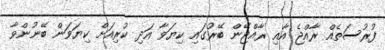
ފުރުސަތެއް ރާއްޖެ އާއި ރާއްޖޭން ބޭރުގައި ކިޔަވާ އަދި ކުރިއަށް ކިޔަވަން ބޭނުންވާ